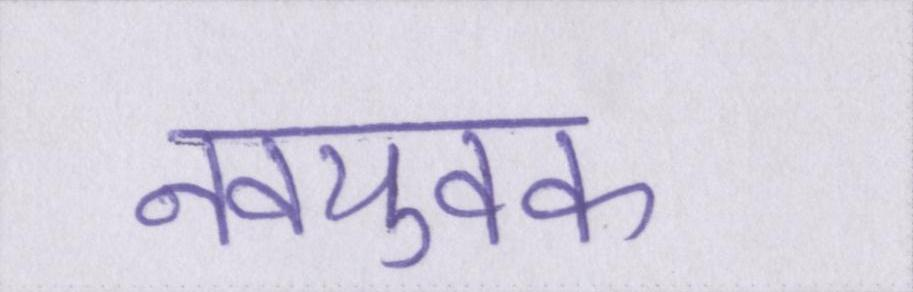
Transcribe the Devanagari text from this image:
नवयुवक